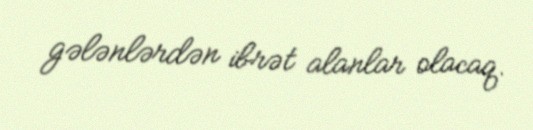
gələnlərdən ibrət alanlar olacaq.